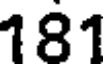
181